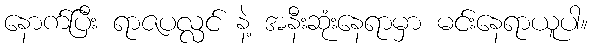
နောက်ပြီး ရာဇပလ္လင် နဲ့ အနီးဆုံးနေရာမှာ မင်းနေရာယူပါ။